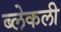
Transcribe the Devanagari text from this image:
ब्लेकली